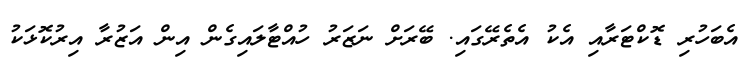
އެބަހުރި ޑޮކްޓަރާއި އެކު އެތެރޭގައި. ބޭރަށް ނަޒަރު ހުއްޓާލައިގެން އިން އަޒުރާ އިރުކޮޅަކު